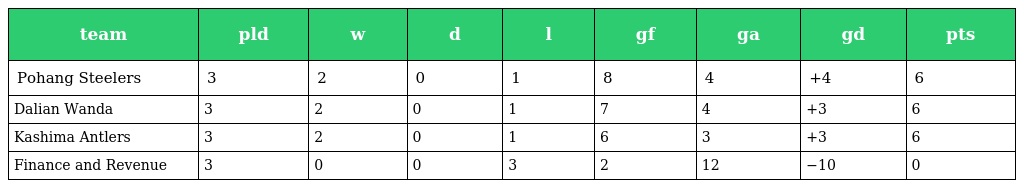
| team | pld | w | d | l | gf | ga | gd | pts |
 | --- | --- | --- | --- | --- | --- | --- | --- | --- |
 | Pohang Steelers | 3 | 2 | 0 | 1 | 8 | 4 | +4 | 6 |
 | Dalian Wanda | 3 | 2 | 0 | 1 | 7 | 4 | +3 | 6 |
 | Kashima Antlers | 3 | 2 | 0 | 1 | 6 | 3 | +3 | 6 |
 | Finance and Revenue | 3 | 0 | 0 | 3 | 2 | 12 | −10 | 0 |